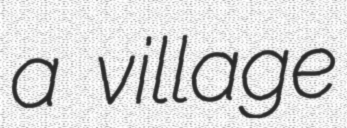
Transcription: a village